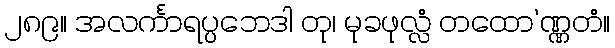
၂၈၉။ အလင်္ကာရပ္ပဘေဒါ တု၊ မုခဖုလ္လံ တထော’ဏ္ဏတံ။